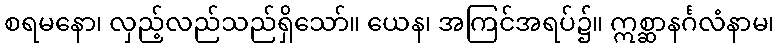
စရမနော၊ လှည့်လည်သည်ရှိသော်။ ယေန၊ အကြင်အရပ်၌။ ဣစ္ဆာနင်္ဂလံနာမ၊